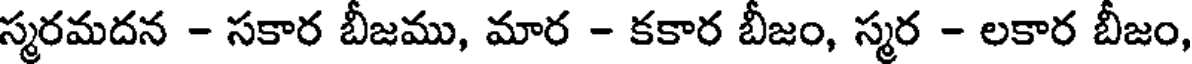
స్మరమదన - సకార బీజము, మార - కకార బీజం, స్మర - లకార బీజం,